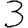
Digit: 3